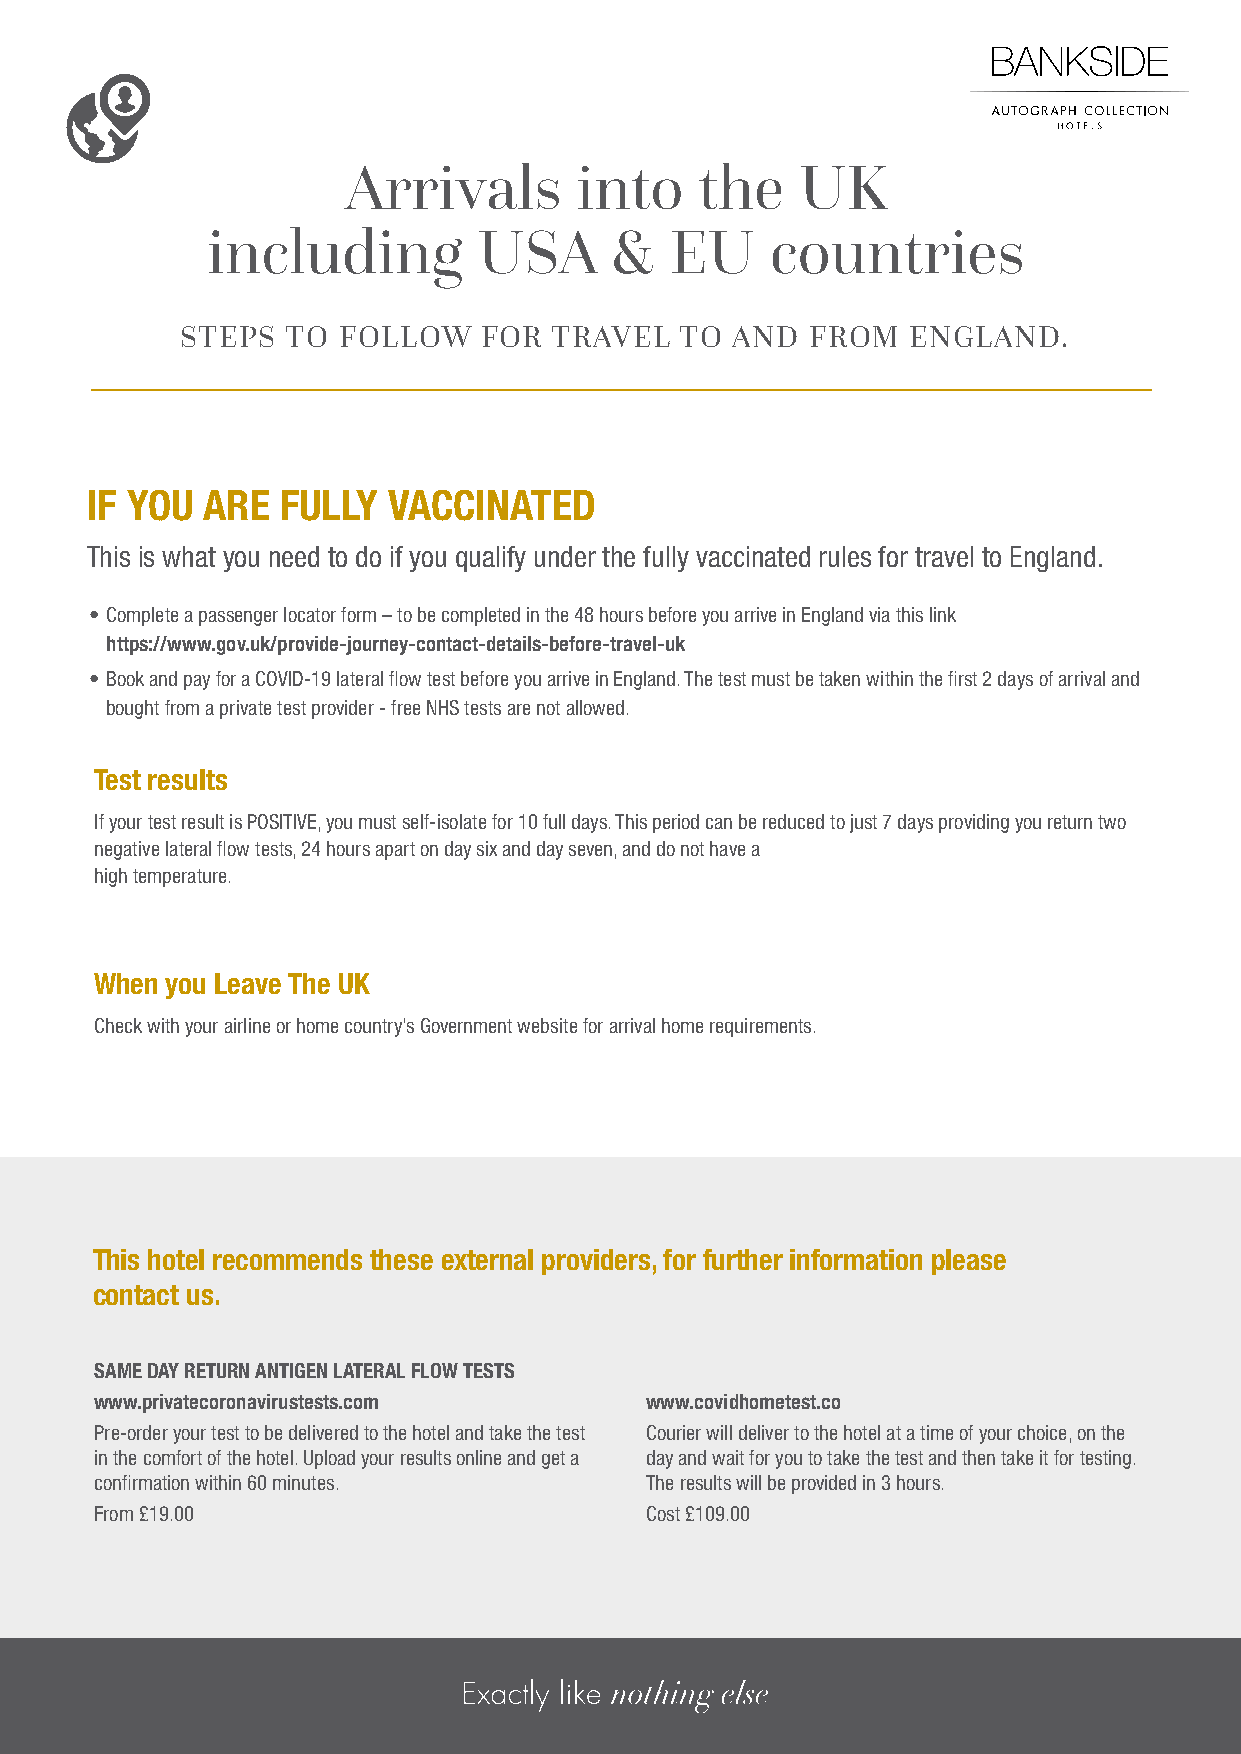
Arrivals       into    the    UK
 including         USA     &   EU     countries
 STEPS  TO FOLLOW    FOR  TRAVEL  TO AND   FROM  ENGLAND.
 IF YOU ARE   FULLY  VACCINATED
 This is what you need to do if you qualify under the fully vaccinated rules for travel to England.
 • Complete a passenger locator form – to be completed in the 48 hours before you arrive in England via this link
 https://www.gov.uk/provide-journey-contact-details-before-travel-uk
 • Book and pay for a COVID-19 lateral flow test before you arrive in England. The test must be taken within the first 2 days of arrival and
 bought from a private test provider - free NHS tests are not allowed.
 Test results
 If your test result is POSITIVE, you must self-isolate for 10 full days. This period can be reduced to just 7 days providing you return two
 negative lateral flow tests, 24 hours apart on day six and day seven, and do not have a
 high temperature.
 When you Leave The UK
 Check with your airline or home country’s Government website for arrival home requirements.
 This hotel recommends these external providers, for further information please
 contact us.
 SAME DAY RETURN ANTIGEN LATERAL FLOW TESTS
 www.privatecoronavirustests.com      www.covidhometest.co
 Pre-order your test to be delivered to the hotel and take the test Courier will deliver to the hotel at a time of your choice, on the
 in the comfort of the hotel. Upload your results online and get a day and wait for you to take the test and then take it for testing.
 confirmation within 60 minutes.      The results will be provided in 3 hours.
 From £19.00                          Cost £109.00